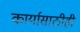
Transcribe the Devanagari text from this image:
कार्यासाठीही